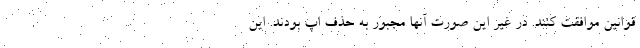
قوانین موافقت کنند. در غیر این صورت آنها مجبور به حذف اپ بودند. این